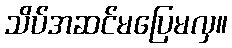
သိပ်အဆင်မပြေမလှ။